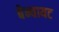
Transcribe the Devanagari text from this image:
बेन्वायट